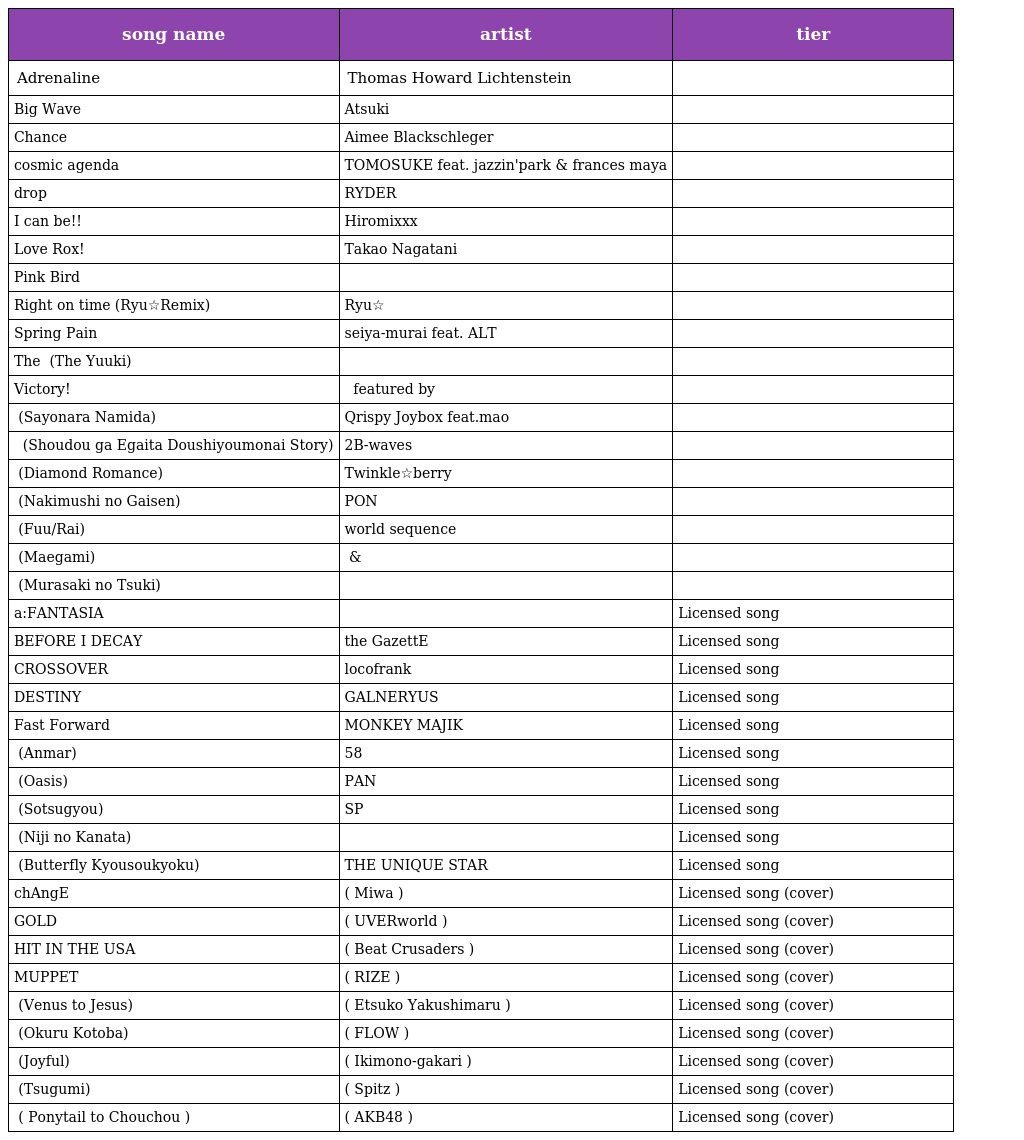
| song name | artist | tier |
 | --- | --- | --- |
 | Adrenaline | Thomas Howard Lichtenstein |  |
 | Big Wave | Atsuki |  |
 | Chance | Aimee Blackschleger |  |
 | cosmic agenda | TOMOSUKE feat. jazzin'park & frances maya |  |
 | drop | RYDER |  |
 | I can be!! | Hiromixxx |  |
 | Love Rox! | Takao Nagatani |  |
 | Pink Bird | 肥塚良彦 |  |
 | Right on time (Ryu☆Remix) | Ryu☆ |  |
 | Spring Pain | seiya-murai feat. ALT |  |
 | The 勇気 (The Yuuki) | ピンクターボ |  |
 | Victory! | 達見 恵 featured by 佐野宏晃 |  |
 | サヨナラナミダ (Sayonara Namida) | Qrispy Joybox feat.mao |  |
 | 衝動がえがいた どうしようもないストーリー (Shoudou ga Egaita Doushiyoumonai Story) | 2B-waves |  |
 | ダイヤモンドロマンス (Diamond Romance) | Twinkle☆berry |  |
 | ナキムシの凱旋 (Nakimushi no Gaisen) | PON |  |
 | 風／雷 (Fuu/Rai) | world sequence |  |
 | 前髪 (Maegami) | さかもとえいぞう & 劇団レコード |  |
 | 紫の月 (Murasaki no Tsuki) | 阿部靖広 |  |
 | a:FANTASIA | ナイトメア | Licensed song |
 | BEFORE I DECAY | the GazettE | Licensed song |
 | CROSSOVER | locofrank | Licensed song |
 | DESTINY | GALNERYUS | Licensed song |
 | Fast Forward | MONKEY MAJIK | Licensed song |
 | アンマー (Anmar) | かりゆし58 | Licensed song |
 | オアシス (Oasis) | PAN | Licensed song |
 | 卒業 (Sotsugyou) | ガガガSP | Licensed song |
 | 虹の彼方 (Niji no Kanata) | ピロカルピン | Licensed song |
 | バタフライ狂想曲 (Butterfly Kyousoukyoku) | THE UNIQUE STAR | Licensed song |
 | chAngE | ( Miwa ) | Licensed song (cover) |
 | GOLD | ( UVERworld ) | Licensed song (cover) |
 | HIT IN THE USA | ( Beat Crusaders ) | Licensed song (cover) |
 | MUPPET | ( RIZE ) | Licensed song (cover) |
 | ヴィーナスとジーザス (Venus to Jesus) | ( Etsuko Yakushimaru ) | Licensed song (cover) |
 | 贈る言葉 (Okuru Kotoba) | ( FLOW ) | Licensed song (cover) |
 | じょいふる (Joyful) | ( Ikimono-gakari ) | Licensed song (cover) |
 | つぐみ (Tsugumi) | ( Spitz ) | Licensed song (cover) |
 | ポニーテールとシュシュ ( Ponytail to Chouchou ) | ( AKB48 ) | Licensed song (cover) |